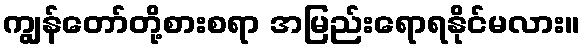
ကျွန်တော်တို့စားစရာ အမြည်းရောရနိုင်မလား။